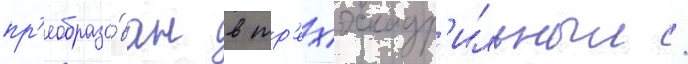
пр'еобразо́ван в тр'ехэскадр'ильныи /